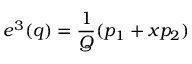
e ^ { 3 } ( q ) = { \frac { 1 } { Q } } ( p _ { 1 } + x p _ { 2 } )